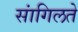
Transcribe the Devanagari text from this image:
सांगिलते